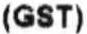
(GST)